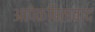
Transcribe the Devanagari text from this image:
आपेक्षितावाद